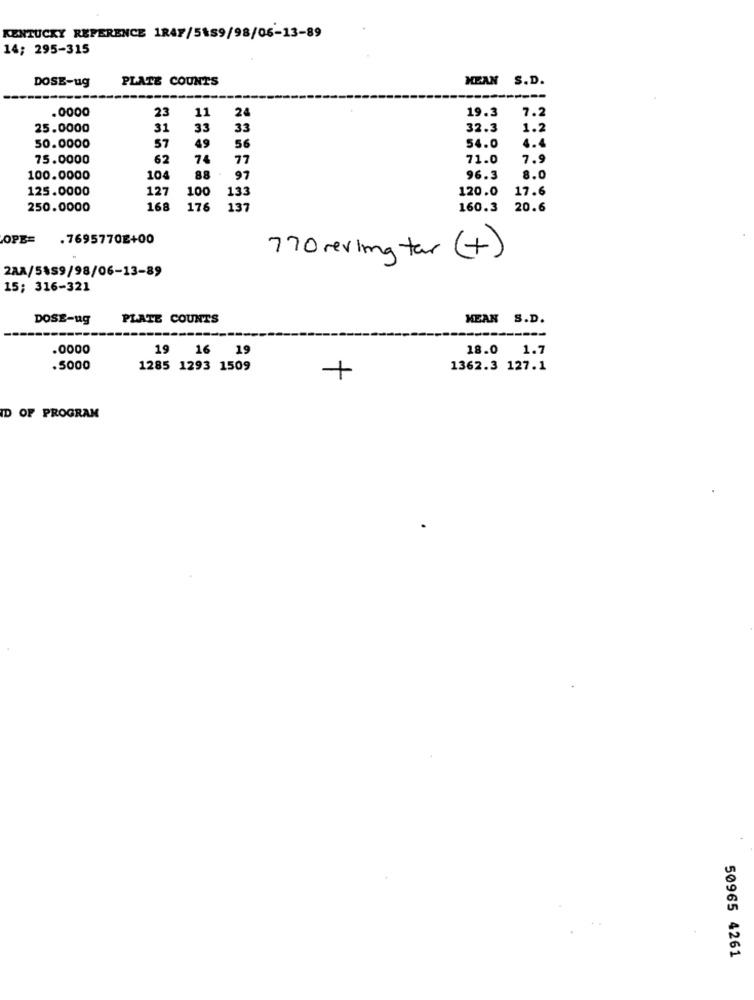
KENTUCKY REFERENCE 1RAF/5159/98/06-13-89
14; 295-315
DOSE-ug
PLATE COUNTS
MEAN S.D.
23
11
24
19.3
7.2
.0000
25.0000
31
33
33
32.3
1.2
49
4.4
50.0000
57
56
54.0
75.0000
62
74
77
71.0
7.9
100.0000
104
88
97
96.3
8.0
125.0000
127
100
120.0
17.6
133
250.0000
168
176
137
160.3
20.6
OPE=
.7695770E+00
770 vering tar ( +)
2AA/5\59/98/06-13-89
15; 316-321
DOSE-ug
PLATE COUNTS
MEAN S.D.
.0000
19 16 19
18.0
1.7
.5000
1285 1293 1509
1362.3 127.1
ID OF PROGRAM
50965 4261